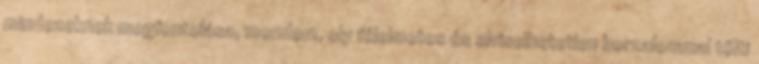
mindezeknek megfontolása, mondom, oly félelmetes és elviselhetetlen borzalommal tölti